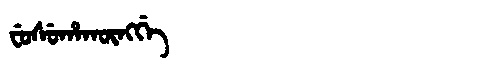
Manchu: ᠸᡠᠰᡠᡥᠠᡴᡡᠩᡤᡝ
Romanization: FUSUHAKŪNGGE